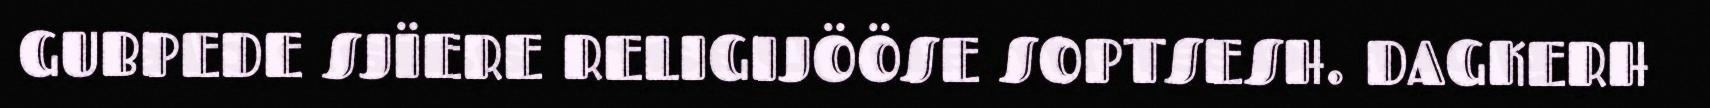
GUBPEDE SJÏERE RELIGIJÖÖSE SOPTSESH. DAGKERH